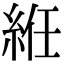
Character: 絍